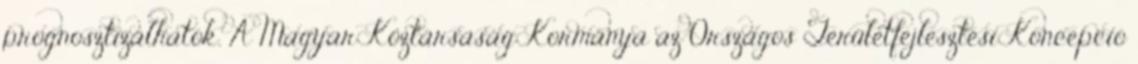
prognosztizálhatók. A Magyar Köztársaság Kormánya az Országos Területfejlesztési Koncepció